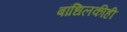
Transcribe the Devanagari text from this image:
बांधिलकीही